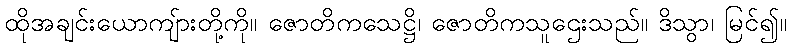
ထိုအချင်းယောကျ်ားတို့ကို။ ဇောတိကသေဋ္ဌိ၊ ဇောတိကသူဌေးသည်။ ဒိသွာ၊ မြင်၍။